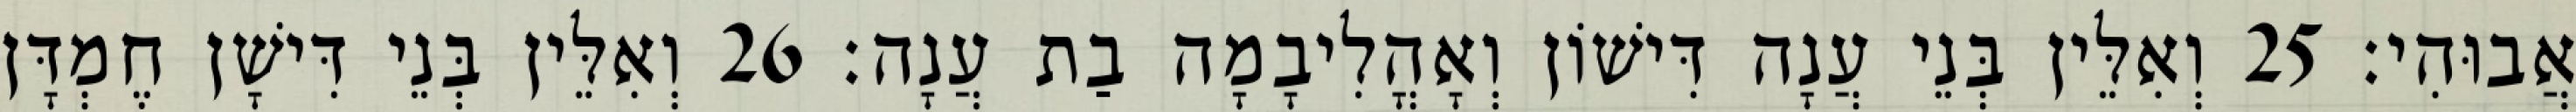
אֲבוּהִי׃ 25 וְאִלֵּין בְּנֵי עֲנָה דִּישׁוֹן וְאָהֳלִיבָמָה בַת עֲנָה׃ 26 וְאִלֵּין בְּנֵי דִּישָׁן חֶמְדָּן